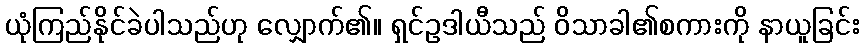
ယုံကြည်နိုင်ခဲပါသည်ဟု လျှောက်၏။ ရှင်ဥဒါယီသည် ဝိသာခါ၏စကားကို နာယူခြင်း